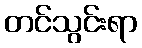
တင်သွင်းရာ